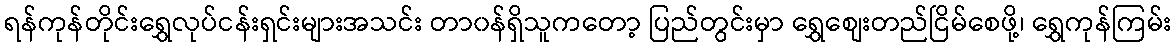
ရန်ကုန်တိုင်းရွှေလုပ်ငန်းရှင်းများအသင်း တာ၀န်ရှိသူကတော့ ပြည်တွင်းမှာ ရွှေစျေးတည်ငြိမ်စေဖို့၊ ရွှေကုန်ကြမ်း